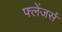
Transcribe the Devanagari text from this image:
फ्लेंजर्स